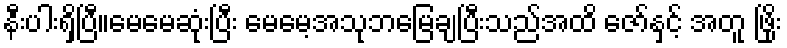
နီးပါးရှိပြီ။မေမေဆုံးပြီး မေမေ့အသုဘမြေချပြီးသည်အထိ ဇော်နှင့် အတူ ဖြိုး